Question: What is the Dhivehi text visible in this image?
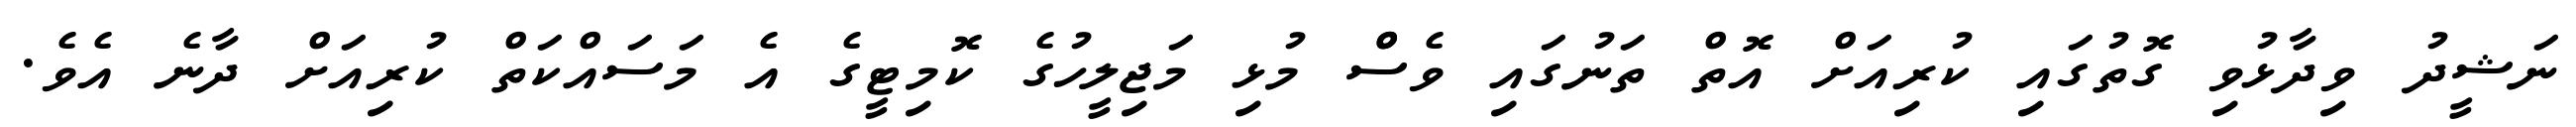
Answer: ނަޝީދު ވިދާޅުވި ގޮތުގައި ކުރިއަށް އޮތް ތަނުގައި ވެސްް މުޅި މަޖިލީހުގެ ކޮމިޓީގެ އެ މަސައްކަތް ކުރިއަށް ދާނެ އެވެ.